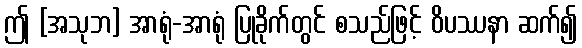
ဤ [အသုဘ] အာရုံ-အာရုံ ပြုခိုက်တွင် စသည်ဖြင့် ဝိပဿနာ ဆက်၍